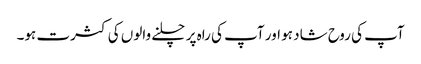
آپ کی روح شاد ہو اور آپ کی راہ پر چلنے والوں کی کثرت ہو۔